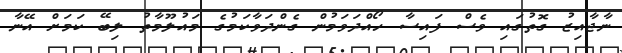
ނާޖާއިޒު ގޮތުގައި ވެސް ފައިސާ ހޯއްދަވަމުން ގެންދަވާކަމުގެ މައުލޫމާތު ލިބޭ ކަމަށް އޭނާ